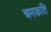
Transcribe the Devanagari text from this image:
चमकति